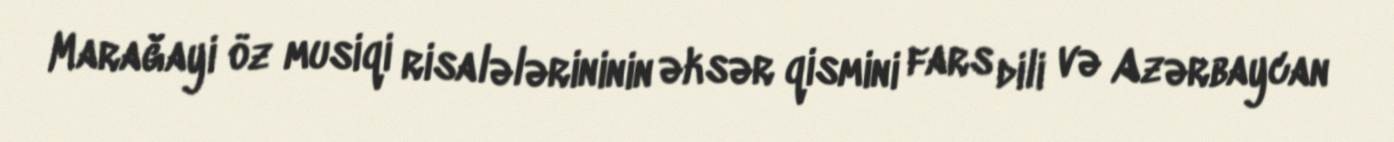
Marağayi öz musiqi risalələrininin əksər qismini fars dili və Azərbaycan